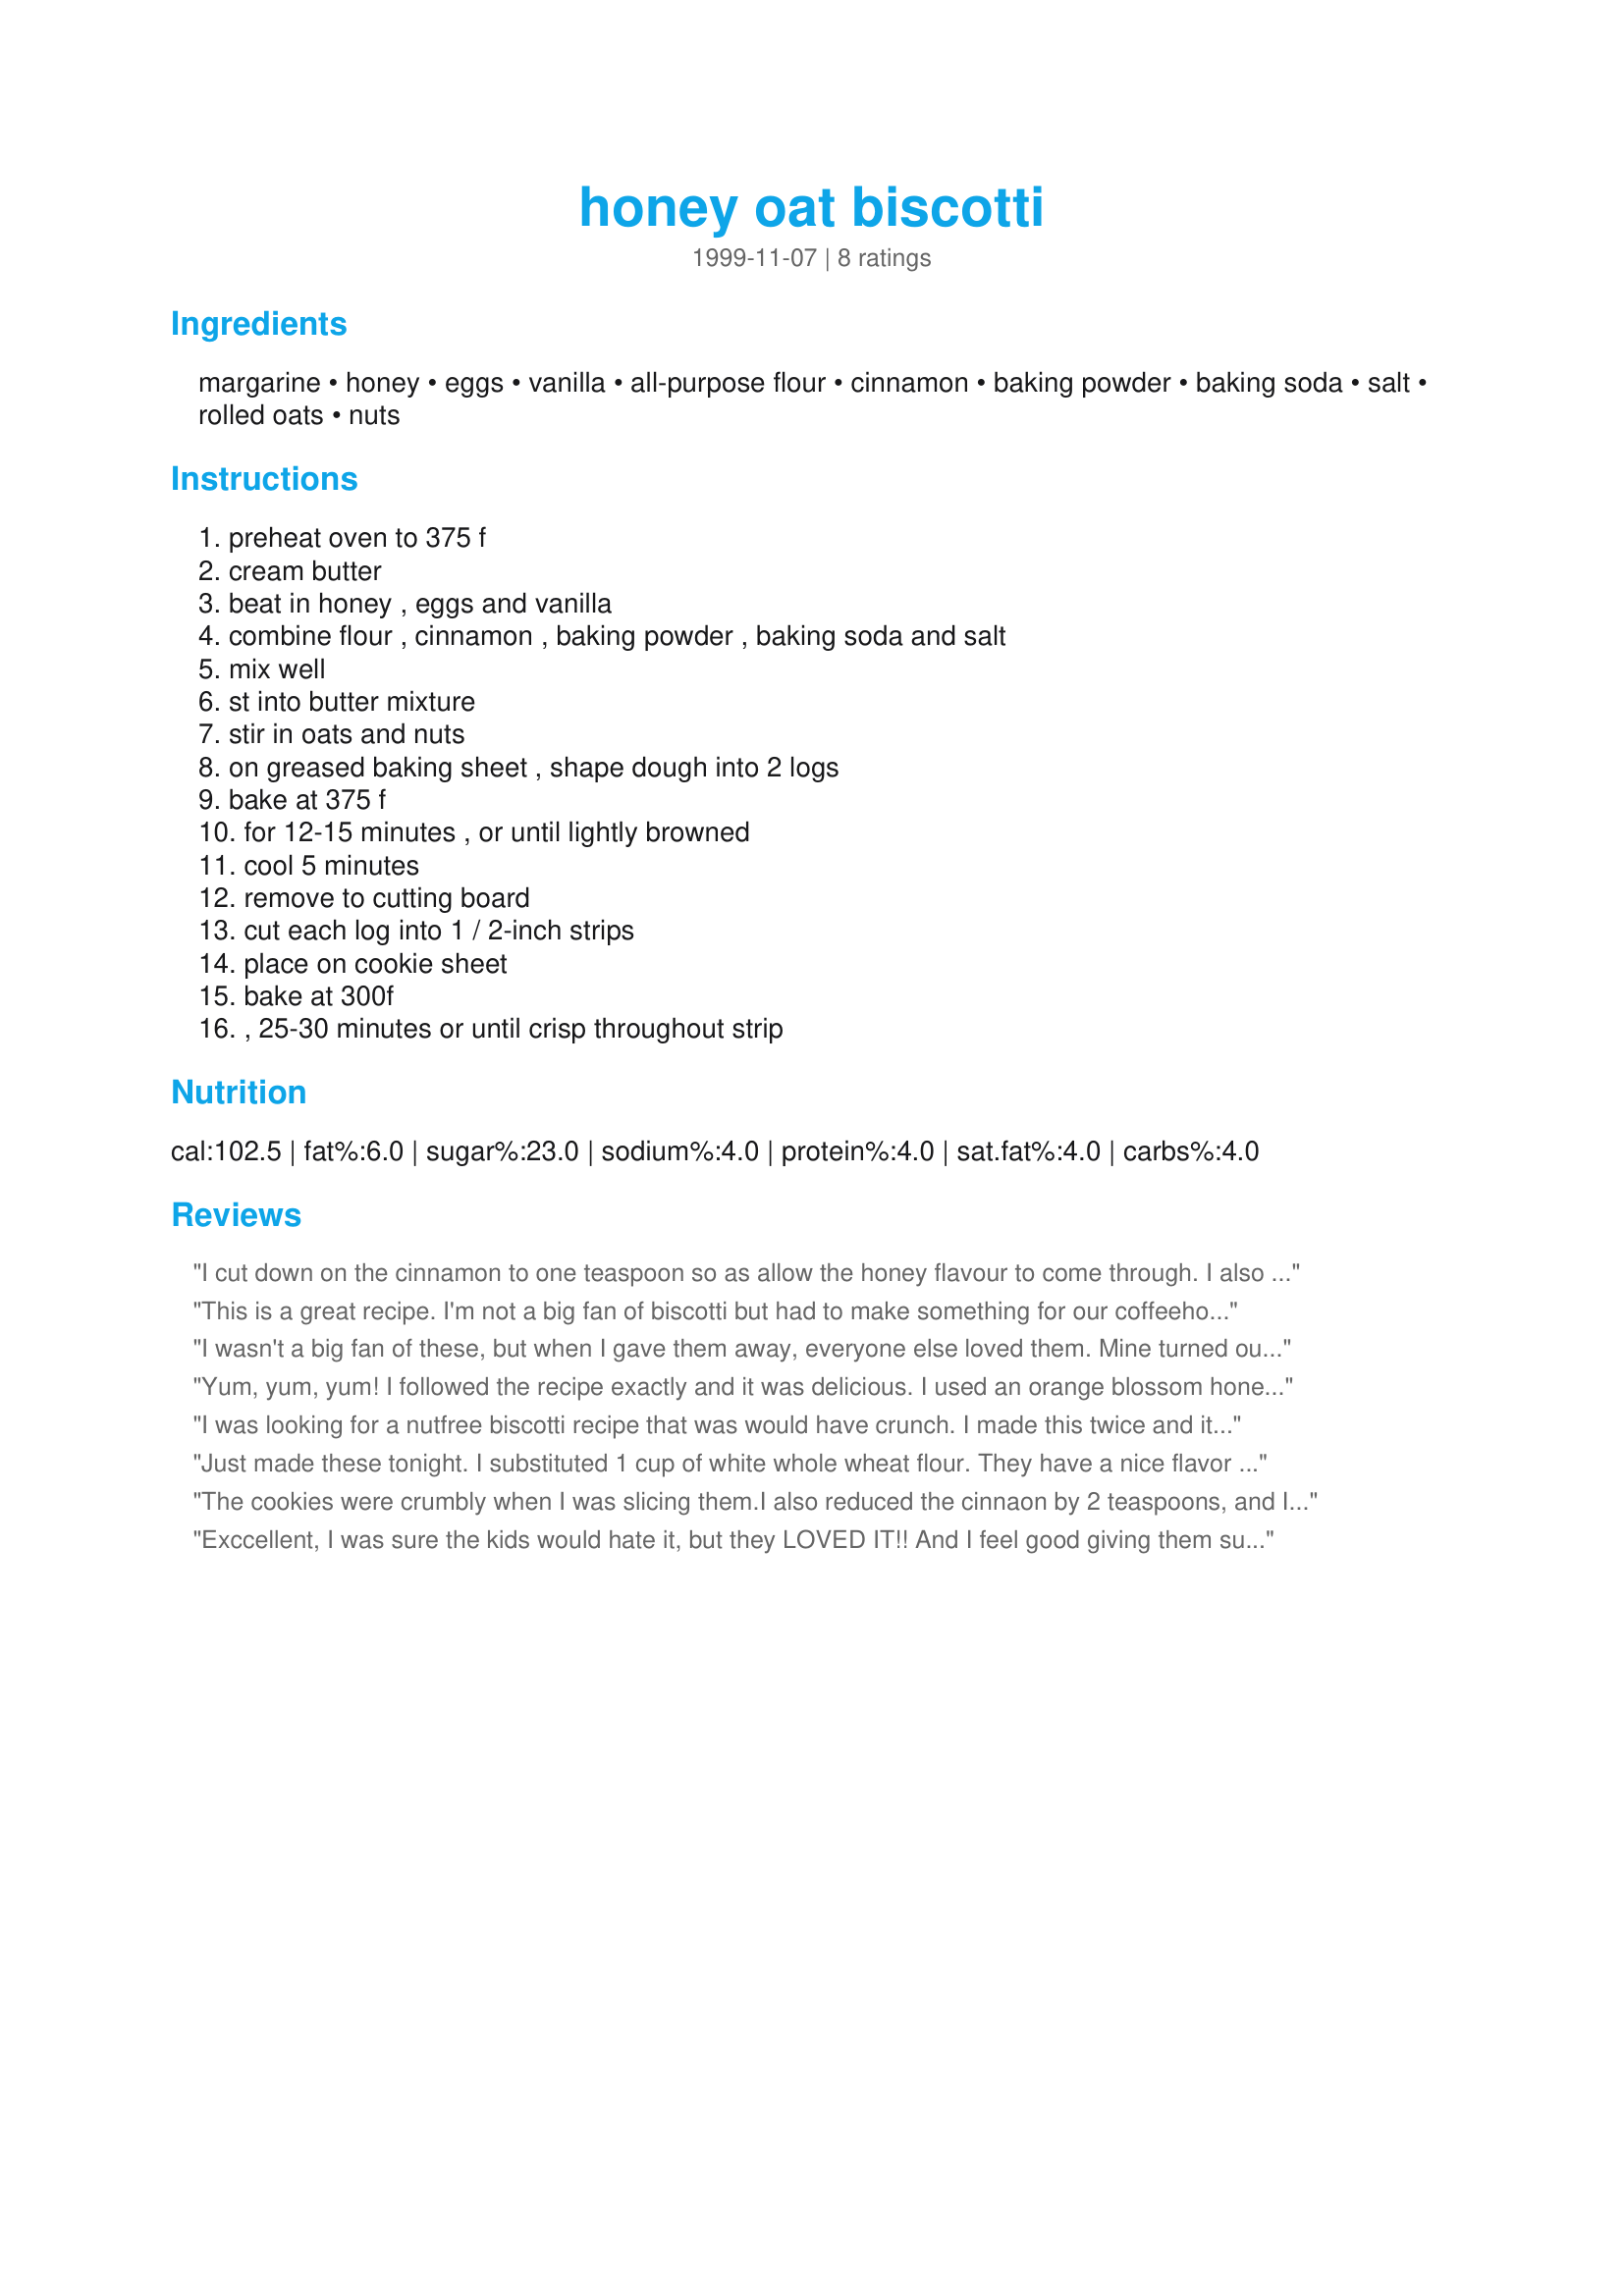
honey oat biscotti
Preparation time: 0 minutes

Ingredients:
margarine, honey, eggs, vanilla, all-purpose flour, cinnamon, baking powder, baking soda, salt, rolled oats, nuts

Steps:
preheat oven to 375 f, cream butter, beat in honey , eggs and vanilla, combine flour , cinnamon , baking powder , baking soda and salt, mix well, st into butter mixture, stir in oats and nuts, on greased baking sheet , shape dough into 2 logs, bake at 375 f, for 12-15 minutes , or until lightly browned, cool 5 minutes, remove to cutting board, cut each log into 1 / 2-inch strips, place on cookie sheet, bake at 300f, , 25-30 minutes or until crisp throughout strip

Reviews:
I cut down on the cinnamon to one teaspoon so as allow the honey flavour to come through. I also added a cup of toasted pecan pieces. Really good biscotti - thanks for posting!
This is a great recipe. I'm not a big fan of biscotti but had to make something for our coffeehouse party. It was a huge hit! It is pretty simple and everyone raved about homemade biscotti and the yummy taste. Thanks!
I wasn't a big fan of these, but when I gave them away, everyone else loved them. Mine turned out a bit too crumbly--I am not sure why...
Yum, yum, yum! I followed the recipe exactly and it was delicious. I used an orange blossom honey and the flavor came thru even w/ three teaspoons of cinnamon and the rolled oats gave it a great texture. I'm looking forward to having one w/ my coffee in the morning. Definite will be making this again! Thanks for sharing the recipe, carolreu!
I was looking for a nutfree biscotti recipe that was would have crunch. I made this twice and it was a real hit. They seems to get better after a few days - the honey flavor gets stronger. The only changes I made was to add more flour as i shaped them and I divided the dough into four sections to make smaller biscotti. For a little interest, I added 1/2 T. of anise seed and dribbled a light anise glaze over finished cookies.
Just made these tonight. I substituted 1 cup of white whole wheat flour. They have a nice flavor - not very sweet, but hearty and healthy tasting. I wish mine had turned out a bit crisper...they just wouldn't do it! They're definitely firm, just not totally dry like I like. Oh well, I'll keep trying. Nice recipe - thank you!
The cookies were crumbly when I was slicing them.I also reduced the cinnaon by 2 teaspoons, and I had only half a cup of honey,so I added a little sugar to make up for the sweetness.I am thinking maybe that is why the cookies were a little crumbly.My two year old just nibbled away at them though.That says a lot-the recipe is very good.
Exccellent, I was sure the kids would hate it, but they LOVED IT!! And I feel good giving them such a healthy treat!
